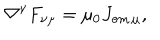
\nabla ^ { \nu } F _ { \nu \mu } = \mu _ { 0 } J _ { \mathrm { e m } \, \mu } ,